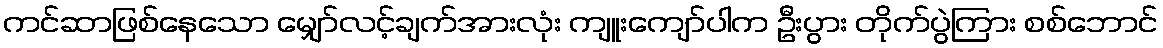
ကင်ဆာဖြစ်နေသော မျှော်လင့်ချက်အားလုံး ကျူးကျော်ပါက ဦးပွား တိုက်ပွဲကြား စစ်ဘောင်